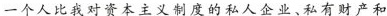
一个人比我对资本主义制度的私人企业、私有财产和